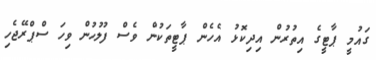
ގައުމީ ޕާޓީގެ އިތުރުން އިދިކޮޅު އެހެން ޕާޓީތަކުން ވެސް ފުލުހުން ވިހަ ސްޕްރޭޖެހި